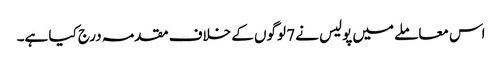
اس معاملے میں پولیس نے 7 لوگوں کے خلاف مقدمہ درج کیا ہے۔